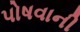
પોષવાની